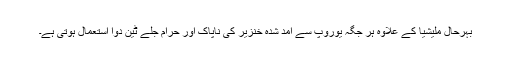
بہرحال ملیشیا کے علاوہ ہر جگہ یوروپ سے آمد شدہ خنزیر کی ناپاک اور حرام جلے ٹین دوا استعمال ہوتی ہے۔